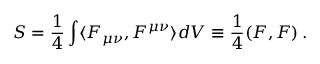
S = \frac { 1 } { 4 } \int \langle F _ { \mu \nu } , F ^ { \mu \nu } \rangle d V \equiv \frac { 1 } { 4 } ( F , F ) \, .